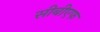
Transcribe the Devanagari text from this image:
सीबीएफ